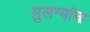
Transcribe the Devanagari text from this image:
मुलग्यांना